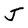
Character: J